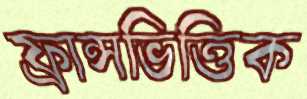
ফ্রান্সভিত্তিক